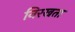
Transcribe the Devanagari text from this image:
निरखता